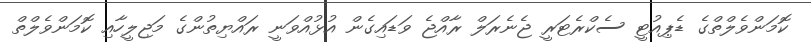
ކޮމަންވެލްތްގެ ޑެޕިއުޓީ ސެކްރެޓަރީ ޖެނެރަލް ރާއްޖެ ވަޑައިގެން އުޅުއްވަނީ ރައްޔިތުންގެ މަޖިލީހާއި ކޮމަންވެލްތް